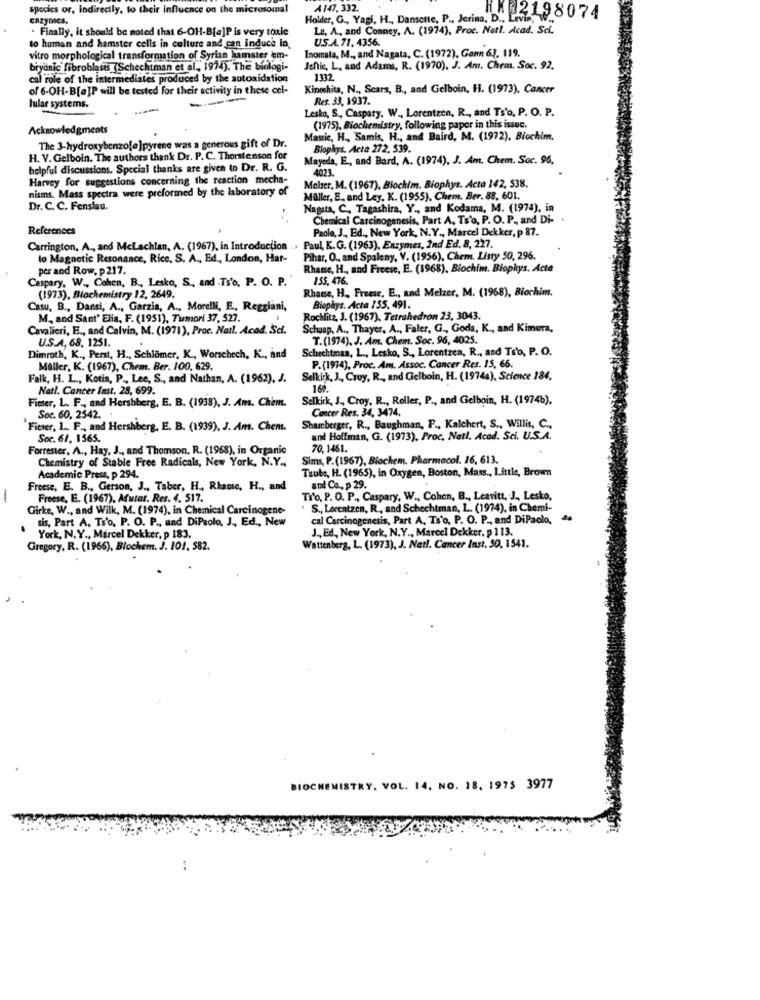
species or, indirectly, to their influence on the microsomal
A147, 332.
enzymes.
Holder, G ., Yagi, H ., Dansentc. P ., Jerina, D ., Levis,v
198074
. Finally, it should be noted that 6-OH-B[a]P is very toxic
Lu, A, and Conney, A. (1974), Proc. Notl. Acad. Sci.
to human and hamster cells in culture and can induce in,
Inomata, M ., and Nagata, C. (1972), Gan 63. 119.
U.S.A. 71. 4356.
vitro morphological transformation of Syrian hamster em-
bryanic fibroblasts (Schechtman et al ., 1974). The biologi-
Jentic, L, and Adams, R. (1970), J. Am. Chem. Soc. 92.
cal role of the intermediates produced by the autoxidation
1332
of 6-OH-B[a]P will be tested for their activity in these cel-
Kinoshita, N ., Sears, B ., and Gelboin, H. (1973), Cancer
Res. 33, 1937.
lular systems.
Lesko, S ., Caspary, W ., Lorentzen, R ., and Ts'o, P. O. P.
Acknowledgments
(1975), Biochemistry, following paper in this issue.
Massic, H ., Samis, H ., and Baird, M. (1972). Biochim,
The 3-hydroxybenzo[e]pyrene was a generous gift of Dr.
Biophys. Acta 272, 539.
H. V. Gelboin. The authors thank Dr. P. C. Thorstenson for
Mayeda, E ., and Bard, A. (1974), J. Am. Chem. Soc. 96,
helpful discussions. Special thanks are given to Dr. R. G.
4023.
Harvey for suggestions concerning the reaction mecha-
nisms. Mass spectra were preformed by the laboratory of
Melzer, M. (1967), Biochim. Biophys. Acta 142, 538.
Maller, E ., and Ley, K. (1955), Chem. Ber. 88, 601.
Dr. C. C. Fenslau.
Nagata, C ., Tagashira, Y ., and Kodama, M. (1974), in
Chemical Carcinogenesis, Part A, Ts'o, P. O. P ., and Di-
References
Paolo, J ., Ed ., New York, N.Y ., Marcel Dekker, p 87.
Carrington. A ., and Mclachlan, A. (1967), in Introduction .. Paul, K.G. (1963), Enzymes, 2nd Ed. 8, 227.
lo Magnetic Resonance, Rice, S. A ., Ed ., London, Har-
Pihar, O ., and Spaleny, V. (1956), Chem. Listy 50, 296.
per and Row. p217.
Rhasse, H ., and Freese, E. (1968), Biochim. Biophys. Acte
Caspary, W ., Cohen, B ., Lesko, S ., and Ts'o, P. O. P.
155. 476.
Rhatse, H ., Freese, E ., and Melzer, M. (1968), Biochim.
(1973). Biochemistry 12, 2649.
Casu, B ., Dansi, A ., Garzia, A ., Morelli, E ., Reggiani,
Biophys. Acta 155, 491.
M ., and Sant' Elia, F. (1951), Tumori 37, 527.
Rochlitz, J. (1967), Tetrahedron 23, 3043.
Cavalieri, E ., and Calvin, M. (1971), Proc. Nail. Acad. Sci.
Schaap, A ., Thayer. A ., Faler, G ., Goda, K ., and Kimura,
T.(1974). J. Am. Chem. Soc. 96, 4025.
U.S.A, 68, 1251.
Schechtman, L ., Lesko, S ., Lorentzen, R ., and Tso, P. O.
Dimroth, K ., Perst, H ., Schlomer, K ., Worschech, K ., and
Maller, K. (1967), Chem. Ber. 100, 629.
P.(1974), Proc. Am, Assoc. Cancer Res. 15, 66.
Falk, H. L ., Kotin, P ., Lee, S ., and Nathan, A. (1962), J.
Selkirk, J ., Croy, R ., and Gelboin, H. (1974a), Science 184.
Natl. Cancer Imst. 28, 699.
160.
Fimser, L. F ., and Hershberg, E. B. (1938), J. Am. Chem.
Selkirk, J ., Croy, R ., Roller, P ., and Gelboin, H. (1974b).
Cancer Res. 34, 3474.
Soc. 60, 2542.
Fieser, 1 .. F ., and Hershberg, E. B. (1939), J. Am. Chem.
Shamberger, R ., Baughman, F ., Kalchert, S ., Willis, C .,
Soc. 61. 1565.
and Hoffman, G. (1973), Proc. Netl, Acad. Sci. U.S.A.
Forrester, A ., Hay, J ., and Thomson, R. (1968), in Organic
70,1461.
Chemistry of Stable Free Radicals, New York, N.Y .,
Sims, P.(1967), Biochem. Pharmacol. 16, 613.
Taube, H. (1965), in Oxygen, Boston, Mass ., Little, Brown
Academic Press, p 294.
Freese, E. B ., Gerson, J ., Taber, H ., Rhaese, H ., and
and Co ., p 29.
Freese, E. (1967), Mutar. Res. 4. 517.
Tro, P. O. P ., Caspary, W ., Cohen, B ., Leavitt, J ., Lesko,
Girke, W ., and Wilk, M. (1974), in Chemical Carcinogene-
S ., Lorentzen, R ., and Schechtman, L. (1974), in Chemi-
sis, Part A. Ts'o. P. O. P ., and DiPaolo, J ., Ed ., New
cal Carcinogenesis, Part A, Ts'o, P. O. P ., and DiPaolo, 4
J ., Ed, New York, N.Y ., Marcel Dekker. p 113.
York, N. Y ., Marcel Dekker, p 183.
Gregory, R. (1966), Biochem. J. 101, 582.
Wattenberg, L. (1973), J. Natl. Cancer Inst. 50, 1541.
BIOCHEMISTRY, VOL. 14, NO. 18. 1975 3977